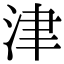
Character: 津